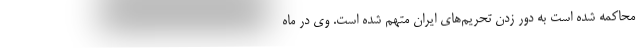
محاکمه شده است به دور زدن تحریم‌های ایران متهم شده است. وی در ماه